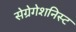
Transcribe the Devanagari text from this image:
सेग्रेगेशनिस्ट